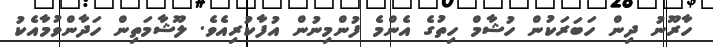
ހާރޫނު ދިން ހަބަރަކުން ހުޝާމް ހިތުގެ އެންމެ ފުންމިނުން އުފާކުރިއެވެ. ލޫޝާމަތިން ހަދާންވުމާއެކު